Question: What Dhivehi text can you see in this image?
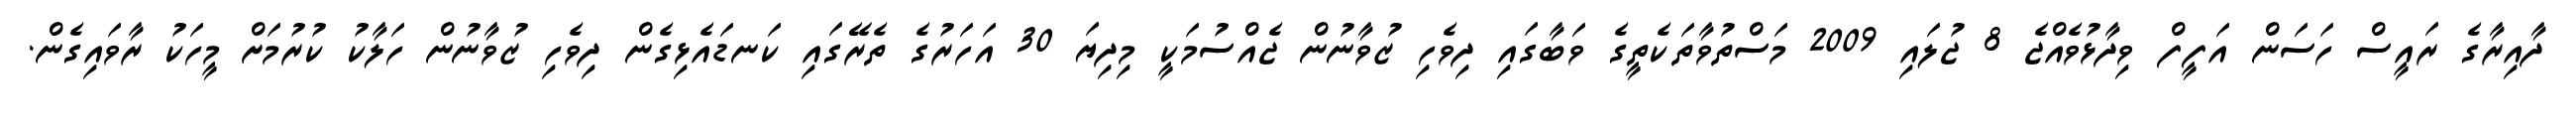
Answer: ދާއިރާގެ ރައީސް ހަސަން އަފީފް ވިދާޅުވެއްޖެ 8 ޖުލައި 2009 މަސްތުވާތަކެތީގެ ވަބާގައި ދިވެހި ޒުވާނުން ޖެއްސުމަކީ މިދިޔަ 30 އަހަރުގެ ތެރޭގައި ކަނޑައެޅިގެން ދިވެހި ޒުވާނުން ހަލާކު ކުރުމަށް މީހަކު ރާވައިގެން.